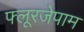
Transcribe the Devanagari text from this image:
फ्लूरजेपाम